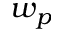
w _ { p }